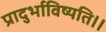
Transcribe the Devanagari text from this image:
प्रादुर्भाविष्यति।।